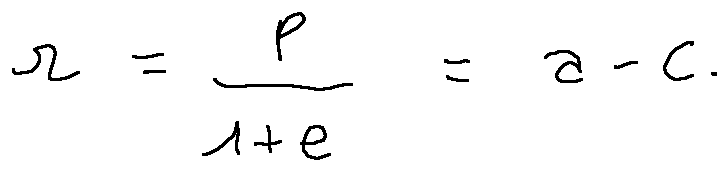
r = \frac { p } { 1 + e } = a - c